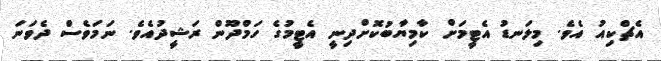
އެޗްކިއު އެވެ. މިލަނޑު އެޓީމަށް ކާމިޔާބުކޮށްދިނީ އެޓީމުގެ ހަމްދޫން ރަޝީދުއެވެ. ނަމަވެސް ދެވަނަ